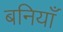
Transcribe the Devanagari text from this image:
बनियाँ